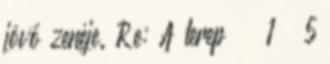
jövő zenéje. Re: A terep 1 5